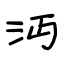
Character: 沔